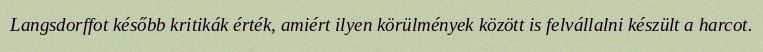
Langsdorffot később kritikák érték, amiért ilyen körülmények között is felvállalni készült a harcot.